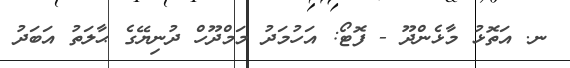
ނ. އަތޮޅު މާޅެންދޫ - ފޮޓޯ: އަހުމަދު މަމްދޫހް ދުނިޔޭގެ ޙާލަތު އަބަދު